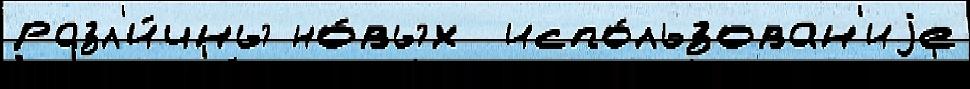
разл'и́чны но́вых  испо́льзован'иjе